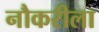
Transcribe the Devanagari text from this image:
नौकरीला